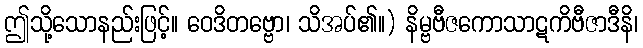
ဤသို့သောနည်းဖြင့်။ ဝေဒိတဗ္ဗော၊ သိအပ်၏။) နိမ္ဗဗီဇကောသာဋကိဗီဇာဒီနိ၊